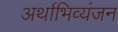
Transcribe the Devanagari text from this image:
अर्थाभिव्यंजन